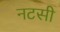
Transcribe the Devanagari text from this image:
नटसी